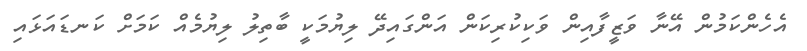
އެހެންކަމުން އޭނާ ވަޒީފާއިން ވަކިކުރިކަން އަންގައިދޭ ލިޔުމަކީ ބާތިލު ލިޔުމެއް ކަމަށް ކަނޑައަޅައި